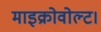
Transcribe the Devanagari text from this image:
माइक्रोवोल्ट।